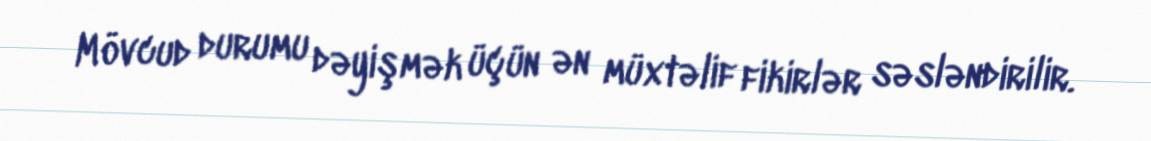
Mövcud durumu dəyişmək üçün ən müxtəlif fikirlər səsləndirilir.